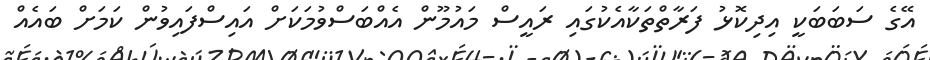
އޭގެ ސަބަބަކީ އިދިކޮޅު ފަރާތްތަކާއެކުގައި ރައީސް މައުމޫން އެއްބަސްވުމަކަށް އައިސްފައިވުން ކަމަށް ބައެއް